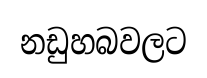
නඩුහබවලට